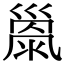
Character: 𢀂